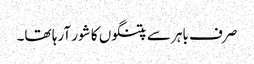
صرف باہر سے پتنگوں کا شور آرہا تھا۔